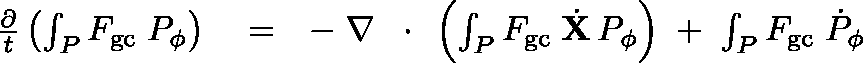
\begin{array} { r l r } { \frac { \partial } { t } \left( \int _ { P } F _ { \mathrm { g c } } \; P _ { \phi } \right) } & { { } = } & { - \; \nabla \, \mathrm { ~ \boldmath ~ \cdot ~ } \, \left( \int _ { P } F _ { \mathrm { g c } } \; \dot { \bf X } \, P _ { \phi } \right) \; + \; \int _ { P } F _ { \mathrm { g c } } \; \dot { P } _ { \phi } } \end{array}